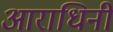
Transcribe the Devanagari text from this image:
आराधिनी